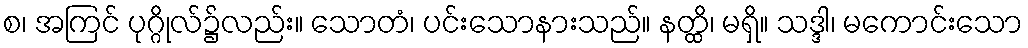
စ၊ အကြင် ပုဂ္ဂိုလ်၌လည်း။ သောတံ၊ ပင်းသောနားသည်။ နတ္ထိ၊ မရှိ။ သဒ္ဒါ၊ မကောင်းသော